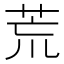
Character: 荒